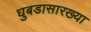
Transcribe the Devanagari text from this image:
घुबडासारख्या